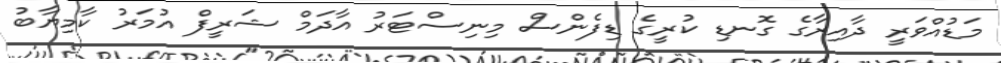
މަޑުއްވަރީ ދާއިރާގެ ގޮނޑި ކުރީގެ ޑިފެންސް މިނިސްޓަރު އާދަމް ޝަރީފް އުމަރު ކާމިޔާބު